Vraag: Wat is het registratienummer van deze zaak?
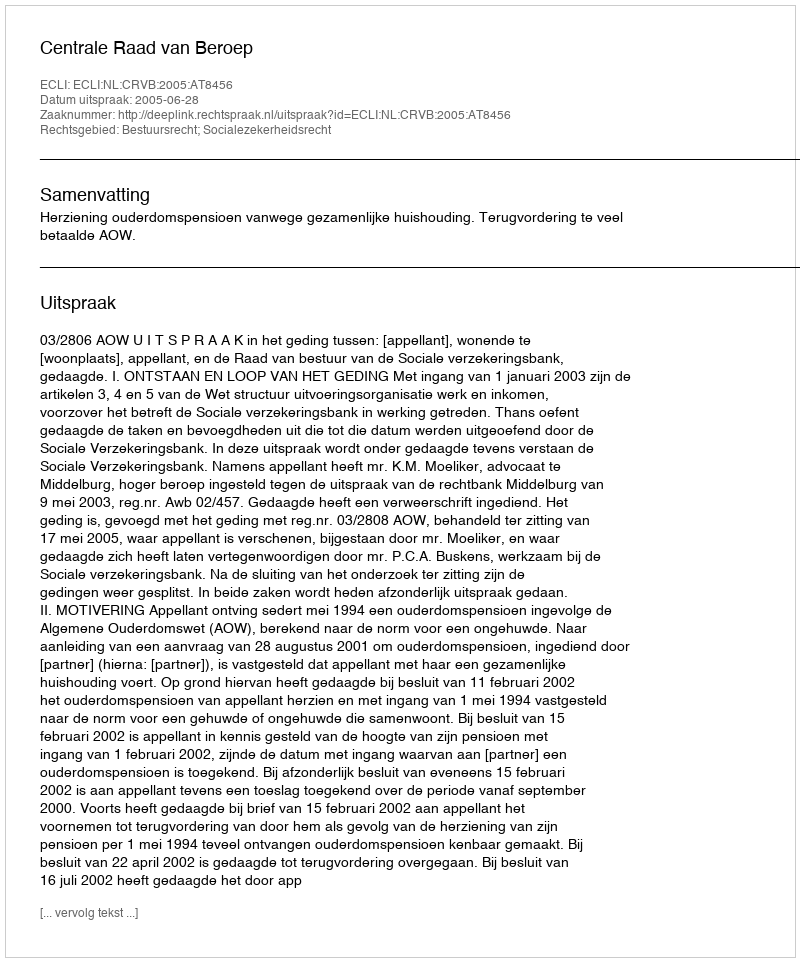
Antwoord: http://deeplink.rechtspraak.nl/uitspraak?id=ECLI:NL:CRVB:2005:AT8456